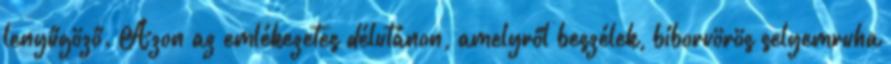
lenyűgöző. Azon az emlékezetes délutánon, amelyről beszélek, bíborvörös selyemruha